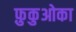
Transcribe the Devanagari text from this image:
फ़ुकुओका